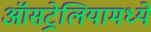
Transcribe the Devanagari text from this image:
ऑसट्रेलियामध्ये